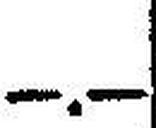
—.—